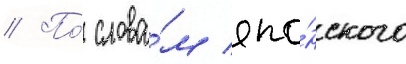
// По́ слова́м япо́нского